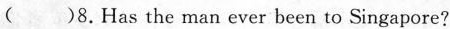
( )8.Has the man ever been to Singapore?